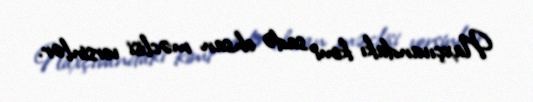
Naxçıvandakı kimi sadə ehsan məclisi versinlər.